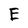
Character: E